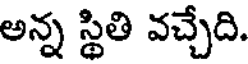
అన్న స్థితి వచ్చేది.